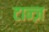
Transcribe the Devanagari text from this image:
टान्ज़